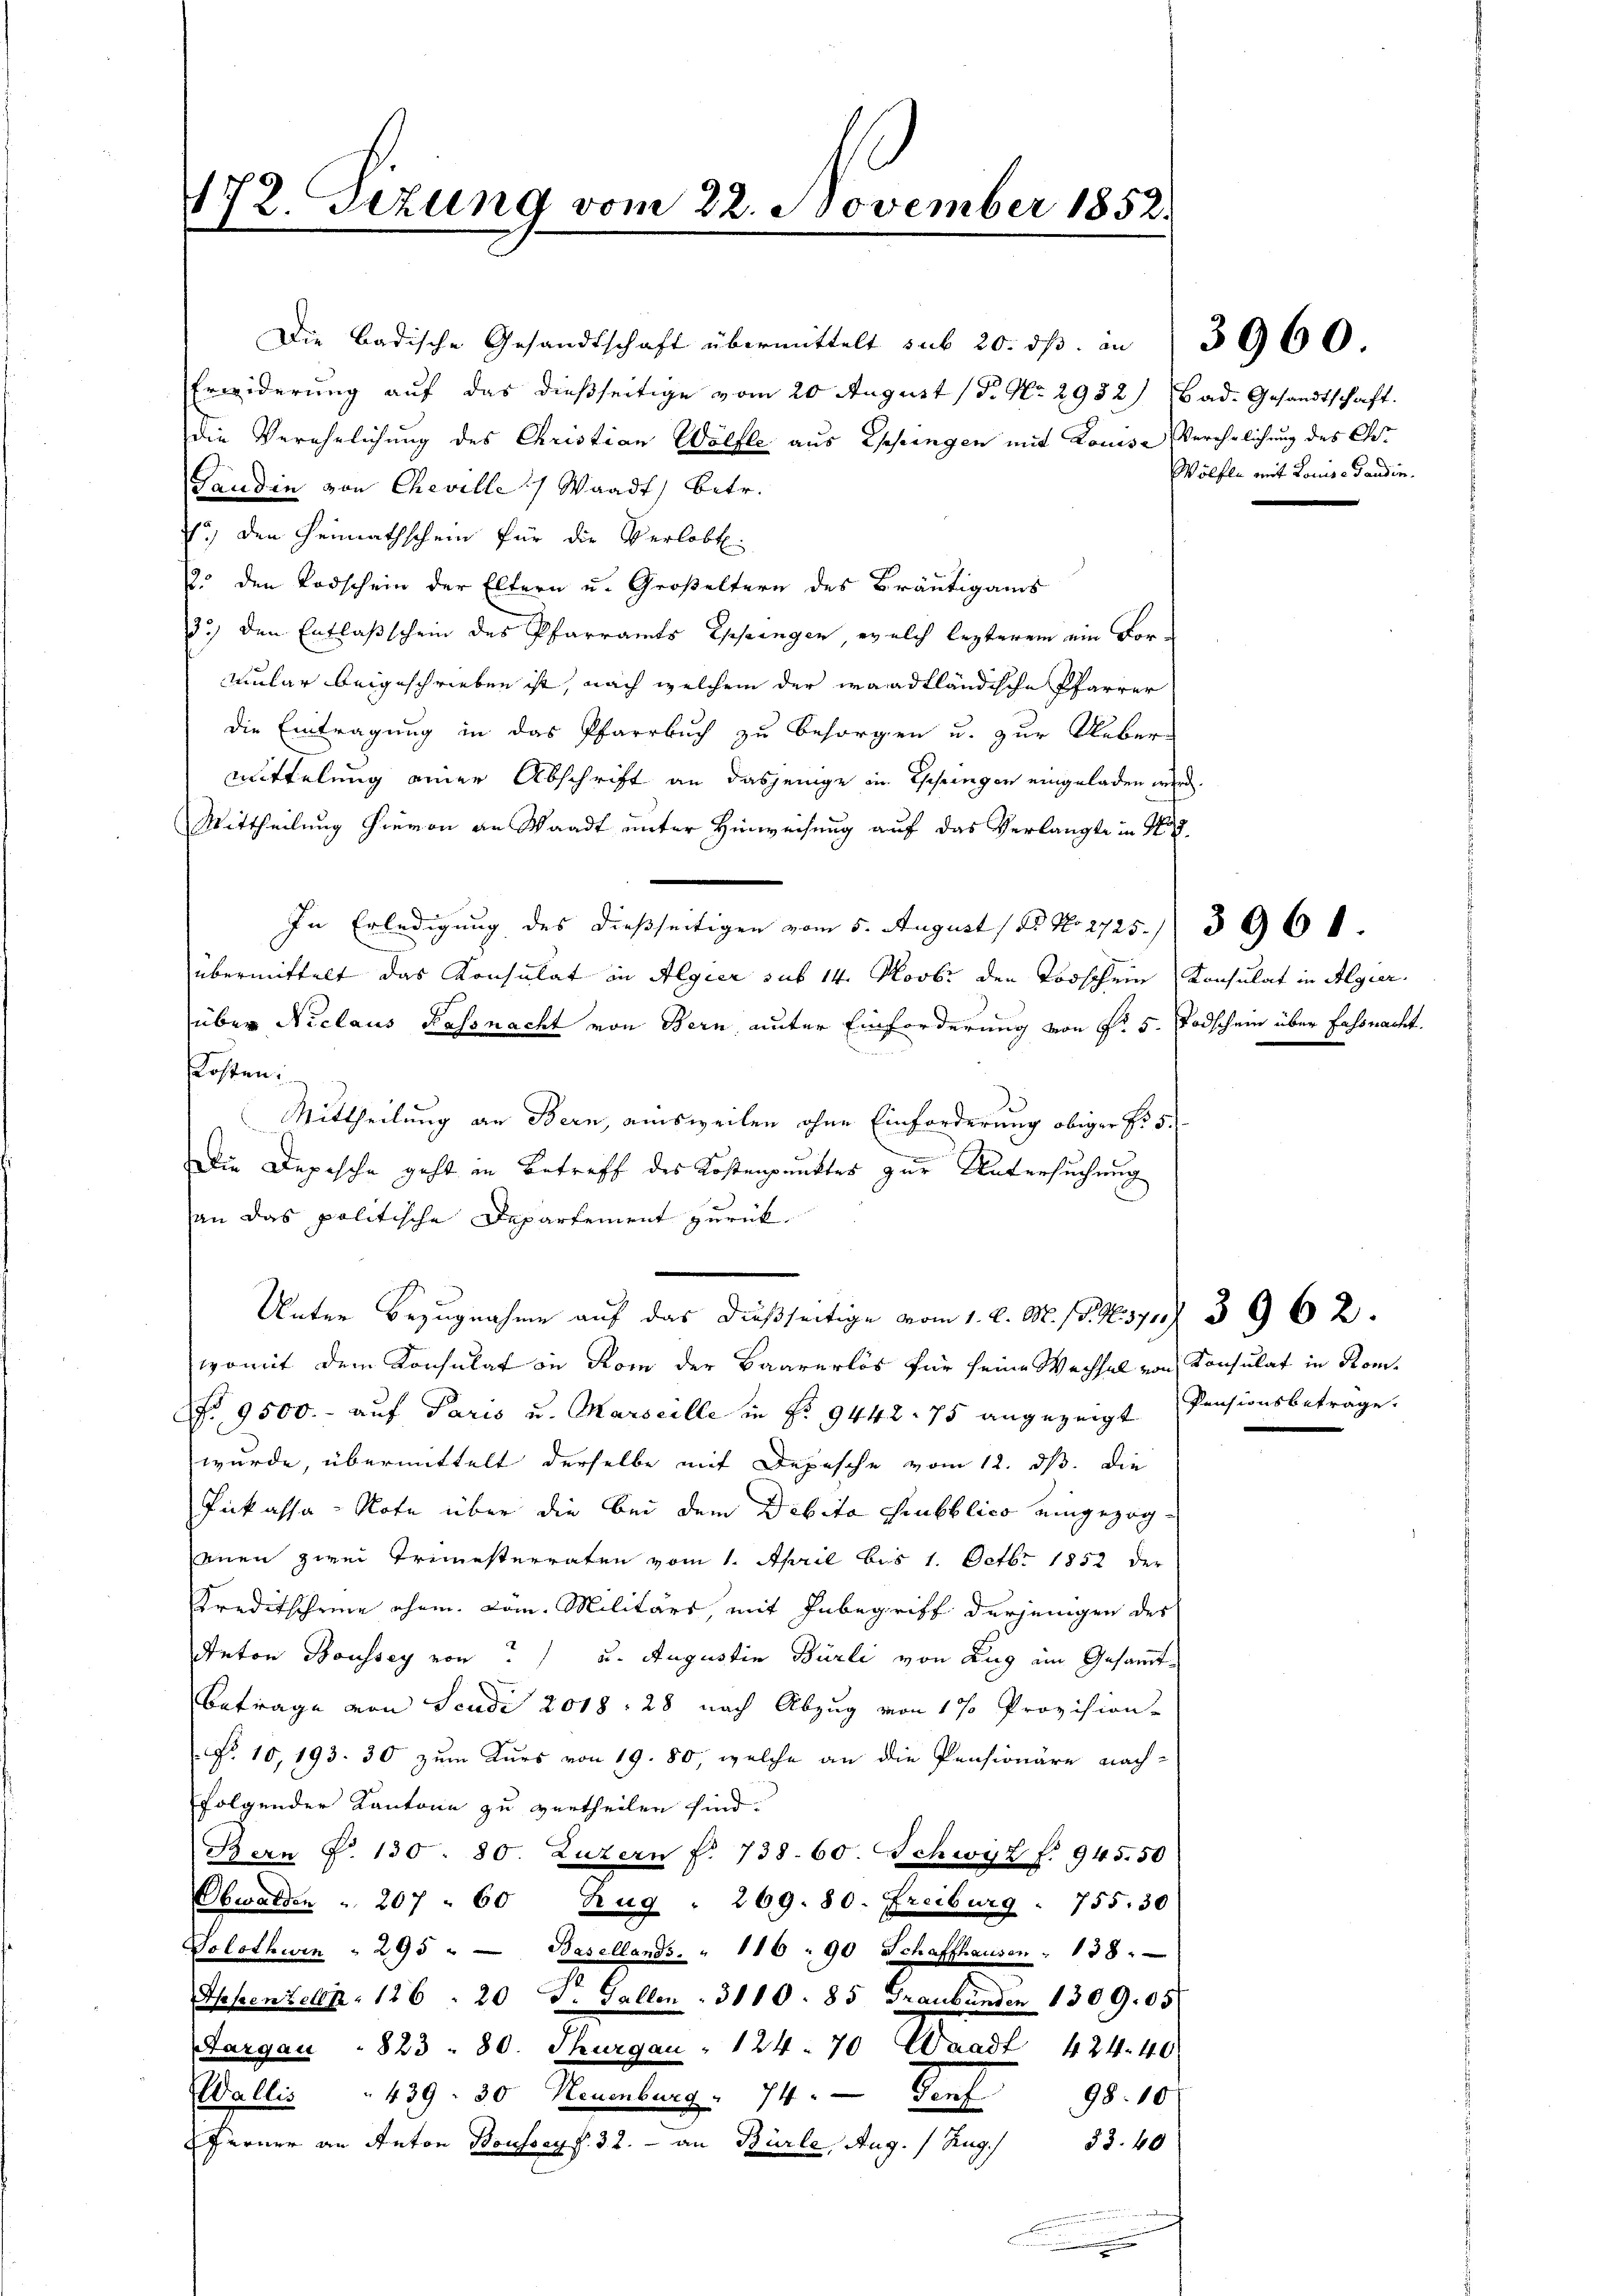
172. Sezung vom 22. November 1852

Erwiderung auf das dießseitige vom 20 August (T. No. 2932) Bad. Gesandtschaft.
die Verehelichung des Christian Wölfle aus Essingen mit Louise Verehrlichung des Chr
Taudin von Cheville :/ Waadt, betr.
70, den Heimathschein für die Verlobt.
9. den Todschein der Eltern u. Großeltern des Bräutigams
d.) den Entlaßschein des Pfarramts Eppingen, welch lezterem ein Formular beigeschrieben ist, nach welchem der waadtländische Pfarrer
die Eintragung in das Pfarrbuch zu besorgen u. zur Ueber-
mittelung einer Abschrift an dasjenige in Escheingen eingeladen wird.
Mittheilung hievon an Waadt unter Hinweisung auf das Verlangte in Nr.
In Erledigung des dießseitigen vom 5. August 18. No 2725. 5961.
übermittelt das Konsulat in Algier sub 14. Novbr den Todschein Konsulat in Algier
über Niclaus Nassnacht von Bern, unter Einforderung von §. 5. Todschein über fassnacht.
Kosten:
Mittheilung an Bern, ausweilen ohne Einforderung obiger No 5.
s
Die Depesche geht in Betreff des Kostenpunktes zur Untersuchung
an das politische Departement zurück¬
Unter Bezugnahme auf das dießseitige vom 1. d. M. (S. 437. 3962.
womit dem Konsulat in Rom der Baarerlös für seine Wechsel von Konsulat in Kom¬
No 9500.- auf Paris u. Marseille in No. 9442. 75 angezeigt Pensionsbeträge.
wurde, übermittelt derselbe mit Depesche vom 12. ds. die
Inkassa-Note über die bei dem Debita Prubblico eingezogenen zwei Trimesterraten vom 1. April bis 1. Octbr. 1852 der
Kreditscheine ehem. Löm. Militärs, mit Inbegriff derjenigen des
Anton Boussey von u. Augustin Bürli von Aug ein Gesamt-
.
Betrage von Seudi 2018: 28 nach Abzug von 1% Provision
No 10, 193. 30 zum Kurs von 19. 80, welche an die Pensionäre nach-
folgender Kantone zu vertheilen sind.
Bern P. 130 - 80. Luzern f. 738. 60. Schwyz f. 945. 50
Obwalden " 207. 60 Zug " 269. 80. Freiburg: 755. 30
Solothuin " 295 " - Basellands. " 116 - 90 Schaffhausen " 138.
Appenzeln. 126. 20 St. Gallen . 3110. 85 Graubünden 1309. 05
Aargau " 823 - 80. Thurgau " 124. 70 Waadt 424. 40
Wallis  439. 30 Neuenburg. 74. Genf
98. 10
Ferner an Anton Boussay f. 32. - an Bürle, Aug. / Zug./ 33. 40

Die Badische Gesandtschaft übermittelt sub 20. ds. in 3000

m

Wölfle mit Louise dausin.